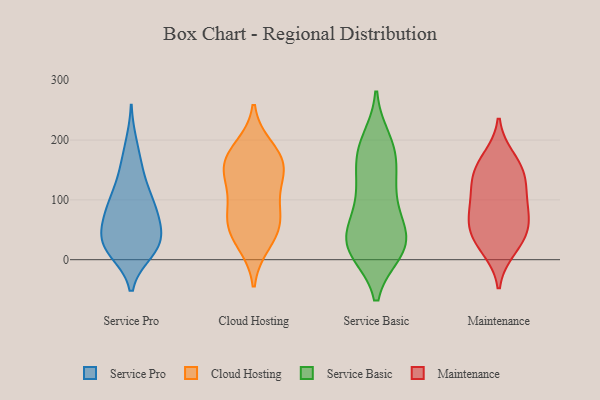
{"axis": {"x": "Market Share (%)", "y": "Value"}, "legend": ["Cloud Hosting", "Maintenance", "Service Basic", "Service Pro"], "data": [{"x": "", "y": 13, "type": "Service Pro"}, {"x": "", "y": 50, "type": "Service Pro"}, {"x": "", "y": 154, "type": "Service Pro"}, {"x": "", "y": 147, "type": "Service Pro"}, {"x": "", "y": 27, "type": "Service Pro"}, {"x": "", "y": 106, "type": "Service Pro"}, {"x": "", "y": 83, "type": "Service Pro"}, {"x": "", "y": 30, "type": "Service Pro"}, {"x": "", "y": 102, "type": "Service Pro"}, {"x": "", "y": 18, "type": "Service Pro"}, {"x": "", "y": 18, "type": "Service Pro"}, {"x": "", "y": 51, "type": "Service Pro"}, {"x": "", "y": 67, "type": "Service Pro"}, {"x": "", "y": 22, "type": "Service Pro"}, {"x": "", "y": 72, "type": "Service Pro"}, {"x": "", "y": 194, "type": "Service Pro"}, {"x": "", "y": 100, "type": "Service Pro"}, {"x": "", "y": 151, "type": "Cloud Hosting"}, {"x": "", "y": 46, "type": "Cloud Hosting"}, {"x": "", "y": 149, "type": "Cloud Hosting"}, {"x": "", "y": 165, "type": "Cloud Hosting"}, {"x": "", "y": 186, "type": "Cloud Hosting"}, {"x": "", "y": 60, "type": "Cloud Hosting"}, {"x": "", "y": 117, "type": "Cloud Hosting"}, {"x": "", "y": 88, "type": "Cloud Hosting"}, {"x": "", "y": 166, "type": "Cloud Hosting"}, {"x": "", "y": 28, "type": "Cloud Hosting"}, {"x": "", "y": 67, "type": "Cloud Hosting"}, {"x": "", "y": 13, "type": "Service Basic"}, {"x": "", "y": 50, "type": "Service Basic"}, {"x": "", "y": 34, "type": "Service Basic"}, {"x": "", "y": 15, "type": "Service Basic"}, {"x": "", "y": 48, "type": "Service Basic"}, {"x": "", "y": 200, "type": "Service Basic"}, {"x": "", "y": 67, "type": "Service Basic"}, {"x": "", "y": 115, "type": "Service Basic"}, {"x": "", "y": 193, "type": "Service Basic"}, {"x": "", "y": 179, "type": "Service Basic"}, {"x": "", "y": 179, "type": "Service Basic"}, {"x": "", "y": 14, "type": "Service Basic"}, {"x": "", "y": 121, "type": "Service Basic"}, {"x": "", "y": 90, "type": "Service Basic"}, {"x": "", "y": 137, "type": "Service Basic"}, {"x": "", "y": 36, "type": "Service Basic"}, {"x": "", "y": 163, "type": "Service Basic"}, {"x": "", "y": 19, "type": "Service Basic"}, {"x": "", "y": 15, "type": "Service Basic"}, {"x": "", "y": 19, "type": "Maintenance"}, {"x": "", "y": 169, "type": "Maintenance"}, {"x": "", "y": 151, "type": "Maintenance"}, {"x": "", "y": 52, "type": "Maintenance"}, {"x": "", "y": 88, "type": "Maintenance"}, {"x": "", "y": 143, "type": "Maintenance"}, {"x": "", "y": 74, "type": "Maintenance"}, {"x": "", "y": 129, "type": "Maintenance"}, {"x": "", "y": 32, "type": "Maintenance"}, {"x": "", "y": 104, "type": "Maintenance"}, {"x": "", "y": 52, "type": "Maintenance"}]}